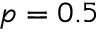
p = 0 . 5